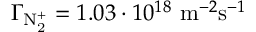
\Gamma _ { \mathrm { N _ { 2 } ^ { + } } } = 1 . 0 3 \cdot 1 0 ^ { 1 8 } ~ \mathrm { m } ^ { - 2 } \mathrm { s } ^ { - 1 }